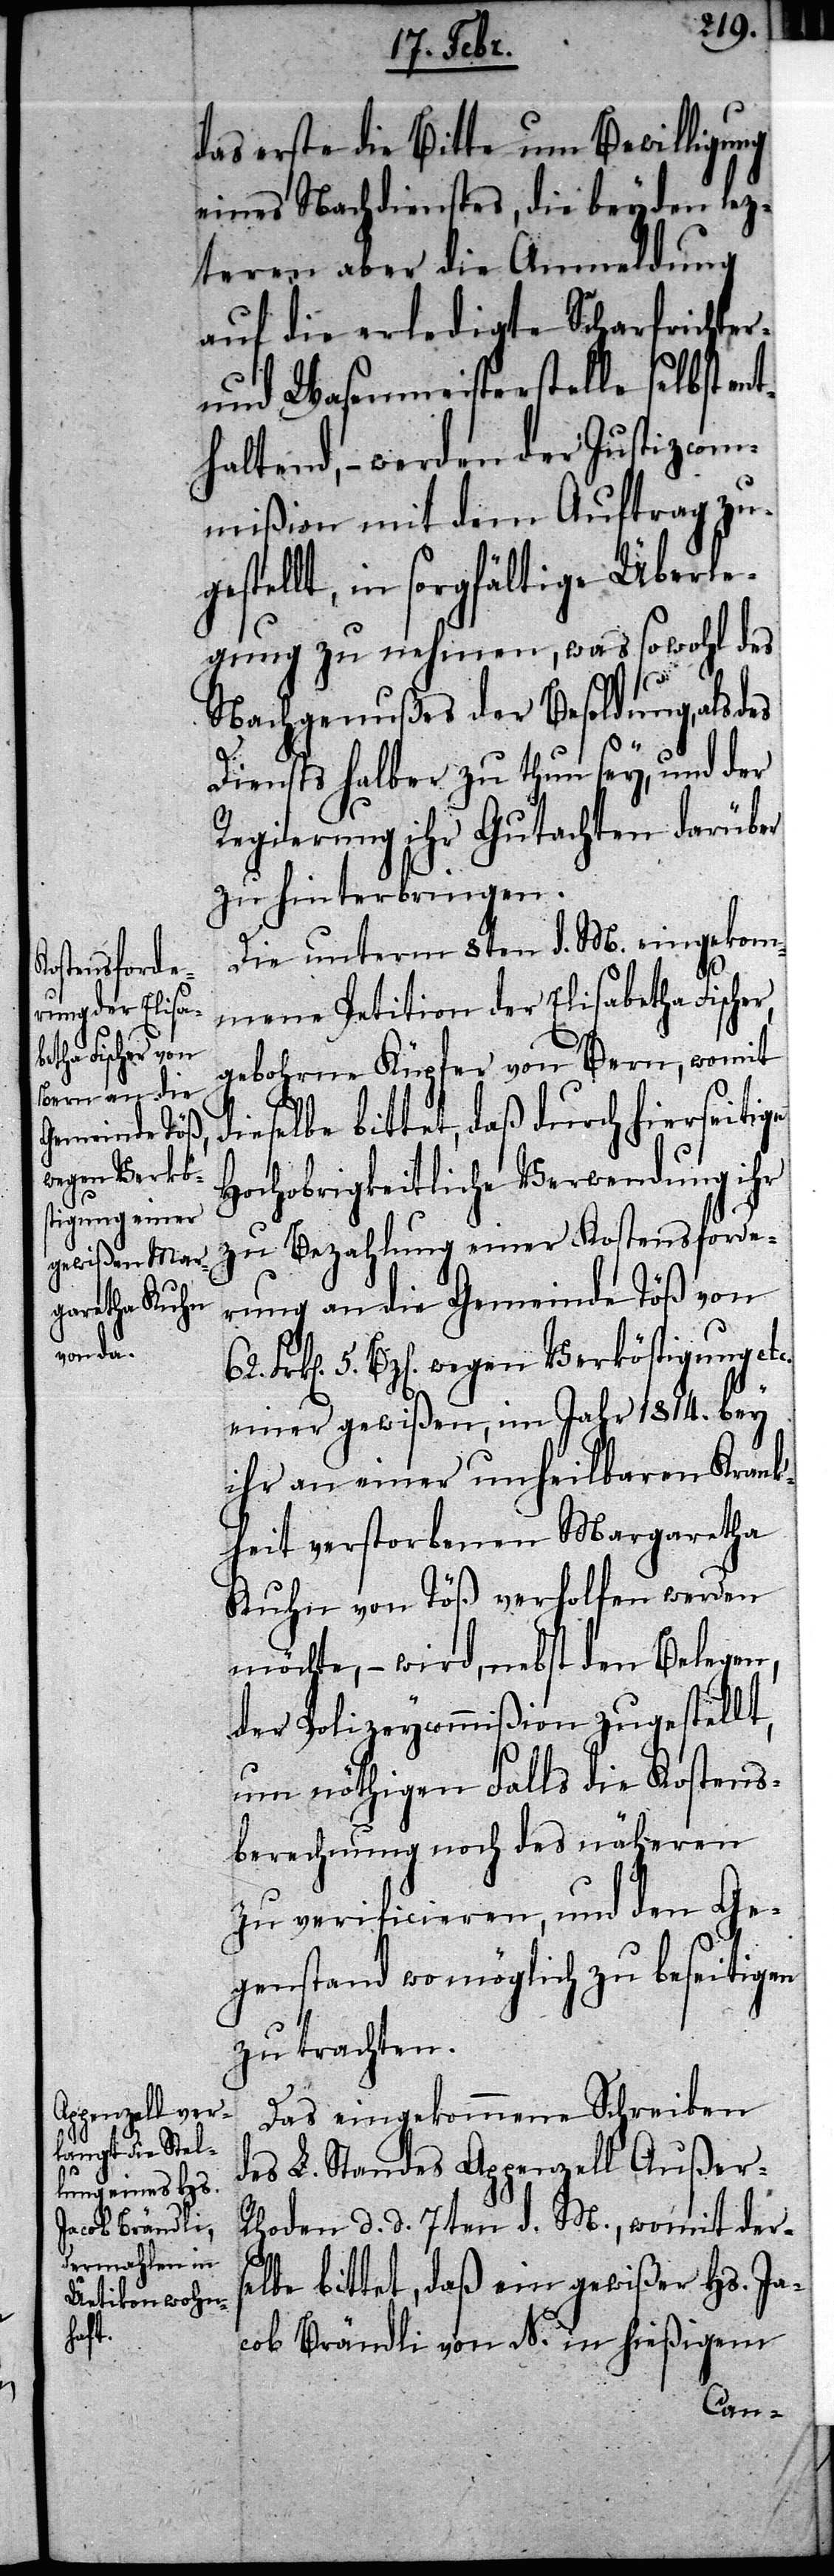
das erste die Bitte um Bewilligung
eines Nachdienstes, die beyden lez¬
teren aber die Anmeldung
auf die erledigte Scharfrichter-
und Wasenmeisterstelle selbst en¬
thaltend, – werden der Justizcom¬
mißion mit dem Auftrag zu¬
gestellt, in sorgfältige Überle¬
gung zu nehmen, was sowohl des
Nachgenußes der Besoldung, als
Dienstes halber zu thun sey, und der
Regierung ihr Gutachten darüber
zu hinterbringen.
Die unterm 8ten d. M. eingekom¬
mene Petition der Elisabetha Fischer,
gebohrne Küpfer von Bern, womit
dieselbe bittet, daß durch hierseitige
Hochobrigkeitliche Verwendung ihr
zu Bezahlung einer Kostensforde¬
rung an die Gemeinde Töß von
5. Bz[en]. wegen Verköstigung etc.
einer gewißen, im Jahr 1814. bey
ihr an einer unheilbaren Kran¬
kheit verstorbenen Margaretha
Kuhn von Töß verholfen werden
möchte, – wird, nebst den Belegen,
der Polizeycommißion zugestellt,
um nöthigen Falls die Kostens¬
berechnung noch des näheren
zu verificieren, und den Ge¬
genstand womöglich zu beseitigen
zu trachten.
Das eingekommene Schreiben
des L. Standes Apenzell Außer-R¬
hoden d. d. 7ten d. M., womit ders¬
elbe bittet, daß ein gewißer Hs. Ja¬
cob Brändli von N. in hießigem